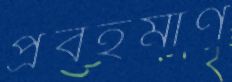
প্রবহমাণ